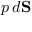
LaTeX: { } \, p \, d \mathbf { S }